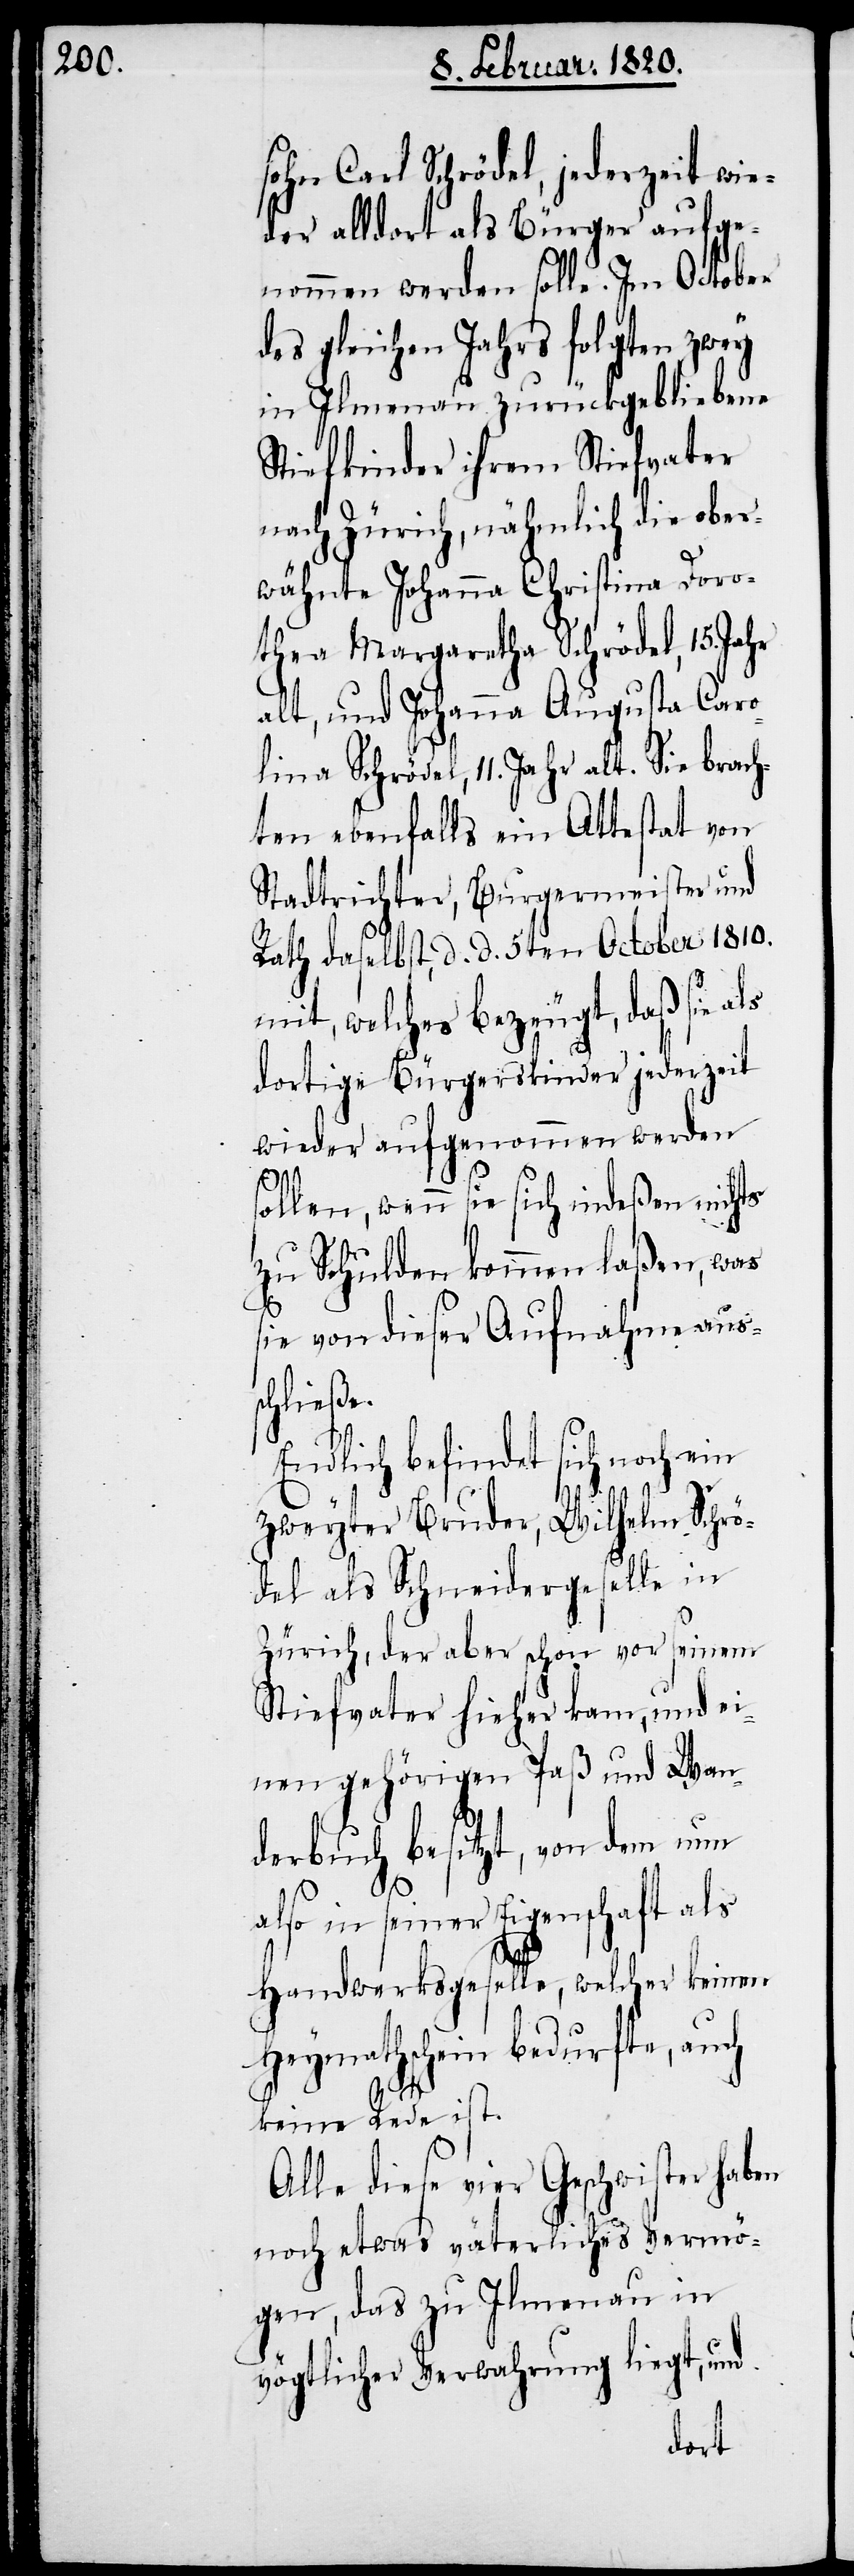
sohn Carl Schrödel, jederzeit wie¬
der alldort als Bürger aufge¬
nommen werden solle. Im October
des gleichen Jahrs folgten zwey
in Ilmenau zurückgebliebene
Stiefkinder ihrem Stiefvater
nach Zürich, nähmlich die ober¬
wähnte Johanna Christina Doro¬
thea Margaretha Schrödel, 15. Jahr
alt, und Johanna Augusta Caro¬
lina Schrödel, 11. Jahr alt. Sie brach¬
ten ebenfalls ein Attestat von
Stadtrichter, Burgermeister und
Rath daselbst, d. d. 5ten October 1810.
mit, welches bezeugt, daß sie als
dortige Bürgerskinder jederzeit
wieder aufgenommen werden
sollen, wenn sie sich indeßen nichts
zu Schulden kommen laßen, was
sie von dieser Aufnahme aus¬
schließe.
Endlich befindet sich noch ein
zweyter Bruder, Wilhelm Schrö¬
del als Schneidergeselle in
Zürich, der aber schon vor seinem
Stiefvater hieher kam, und ei¬
nen gehörigen Paß und Wan¬
derbuch besitzt, von dem nun
also in seiner Eigenschaft als
Handwerksgeselle, welcher keinen
Heymathschein bedurfte, auch
keine Rede ist.
Alle diese vier Geschwister haben
noch etwas väterliches Vermö¬
gen, das zu Ilmenau in
vögtlicher Verwahrung liegt, und